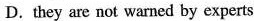
D.they are not warned by experts